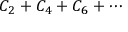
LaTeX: C _ { 2 } + C _ { 4 } + C _ { 6 } + \cdots